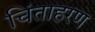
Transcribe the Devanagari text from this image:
चिंताहरण